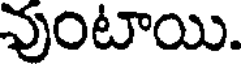
వుంటాయి.